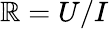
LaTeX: \mathbb{R}=U/I